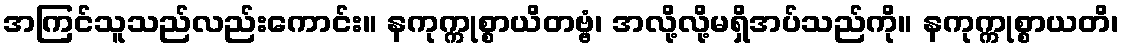
အကြင်သူသည်လည်းကောင်း။ နကုက္ကုစ္စာယိတဗ္ဗံ၊ အလို့လို့မရှိအပ်သည်ကို။ နကုက္ကုစ္စာယတိ၊